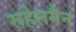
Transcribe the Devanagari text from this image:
रूहेलमैन